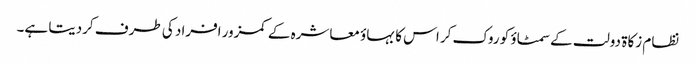
نظام زکاة دولت کے سمٹاؤ کو روک کر اس کا بہاؤ معاشرہ کے کمزور افراد کی طرف کردیتا ہے۔